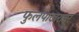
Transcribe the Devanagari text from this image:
फुलपाखरावर